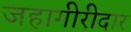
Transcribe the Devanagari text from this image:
जहागीरीदार